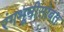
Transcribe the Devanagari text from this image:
रंगभूमीसोबत